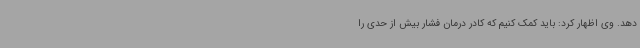
دهد. وی اظهار کرد: باید کمک کنیم که کادر درمان فشار بیش از حدی را